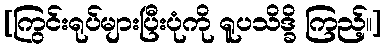
[ကြွင်းရုပ်များပြီးပုံကို ရူပသိဒ္ခိ ကြည့်။]